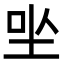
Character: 㘴